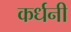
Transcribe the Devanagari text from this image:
कर्धनी